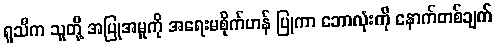
ရူသီက သူတို့ အပြုအမှုကို အရေးမစိုက်ဟန် ပြုကာ ဘောလုံးကို နောက်တစ်ချက်